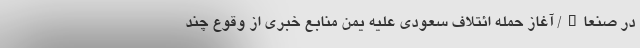
در صنعاء/ آغاز حمله ائتلاف سعودی علیه یمن منابع خبری از وقوع چند